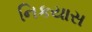
નિકયાસ